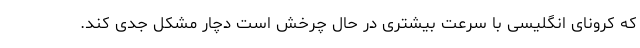
که کرونای انگلیسی با سرعت بیشتری در حال چرخش است دچار مشکل جدی کند.